Calcutta medical institutions reports 1879-81 [i.e.91]
Year: 1879
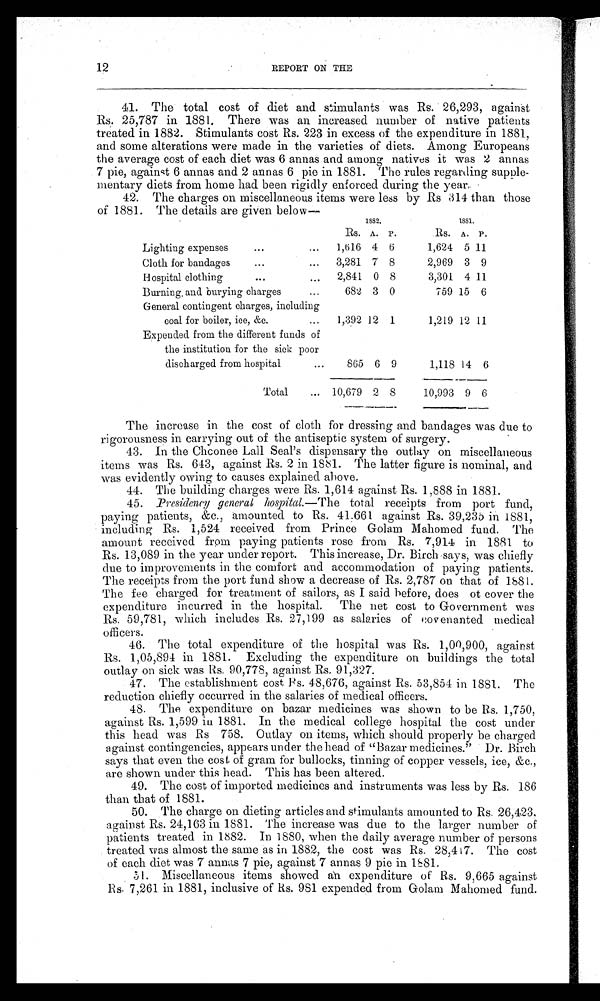
12
REPORT ON THE
41.
The total cost of diet and stimulants was Rs. 26,293, against
Rs. 25,787 in 1881. There was an increased number of native patients
treated in 1882. Stimulants cost Rs. 223 in excess of the expenditure in 1881,
and some alterations were made in the varieties of diets. Among Europeans
the average cost of each diet was 6 annas and among natives it was 2annas
7 pie, against 6 annas and 2 annas 6 pie in 1881. The rules regarding supple--
mentary diets from home had been rigidly enforced during the year.
42.
The charges on miscellaneous items were less by Rs 314 than those
of 1881. The details are given below—
1882.
1881.
Rs. A. P.
Rs. A. P.
Lighting expenses
1,616 4 6
1,624 5 11
Cloth for bandages
3,281 7 8
2,969 3 9
Hospital clothing
2,841 0 8
3,301 4 11
Burning and burying charges
682 3 0
759 15 6
General contingent charges, including
coal for boiler, ice, &c.
1,392 12 1
1,219 12 11
Expended from the different funds of
the institution for the sick poor
discharged from hospital
865 6 9
1,118 14 6
Total
10,679 2 8
10,993 9 6
The increase in the cost of cloth for dressing and bandages was due to
rigorousness in carrying out of the antiseptic system of surgery.
43. In the Chconee Lail Seal's dispensary outlay on miscellaneous
items was Rs. 643, against Rs. 2 in 1881. The latter figure is nominal, and
was evidently owing to causes explained above.
44. The building charges were Rs. 1,614 against Rs. 1,888 in 1881.
45. Presidency general hospital.— The total receipts from port fund,
paying patients, &c., amounted to Rs. 41.661 against Rs. 39,235 in 1881,
including Rs. 1,524 received from Prince Golam Mahomed fund. The
amount received from paying patients rose from Rs. 7,914 in 1881 to
Rs. 13,089 in the year under report. This increase, Dr. Birch says, was chiefly
due to improvements in the comfort and accommodation of paying patients.
The receipts from the port fund show a decrease of Rs. 2,787 on that of 1881.
The fee charged for treatment of sailors, as I said before, does of cover the
expenditure incurred in the hospital. The net cost to Government was
Rs. 59,781, which includes Rs. 27,199 as salaries of covenanted medical
officers.
46.
The total expenditure of the hospital was Rs. 1,00,900, against
Rs. 1,05,894 in 1881. Excluding the expenditure on buildings the total
outlay on sick was Rs. 90,778, against Rs. 91,327.
47.
The establishment cost Rs.48,676, against Rs. 53,854 in 1881. The
reduction chiefly occurred in the salaries of medical officers.
48.
The expenditure on bazar medicines was shown to be Rs. 1,750,
against Rs. 1,599 in 1881. In the medical college hospital the cost under
t hi s head was Rs. 758. Out l ay on i t ems, whi ch shoul d properl y be charged
against contingencies, appears under the head of "Bazar medicines." Dr. Birch
says that even the cost of gram for bullocks, tinning of copper vessels, ice, &c.,
are shown under this head. This has been altered.
49.
The cost of imported medicines and instruments was less by Rs. 186
than that of 1881.
50. The charge on dieting articles and stimulants amounted to Rs. 26,423.
against Rs. 24,163 in 1881. The increase was due to the larger number of
patients treated in 1882. In 1880, when the daily average number of persons
treated was almost the same as in 1882, the cost was Rs. 28,417. The cost
of each diet was 7 annas7 pie, against 7 annas 9 pie in 1881.
51. Miscellaneous items showed an expenditure of Rs. 9,665 against
Rs. 7,261 in 1881, inclusive of Rs. 981 expended from Golam Mahomed fund.